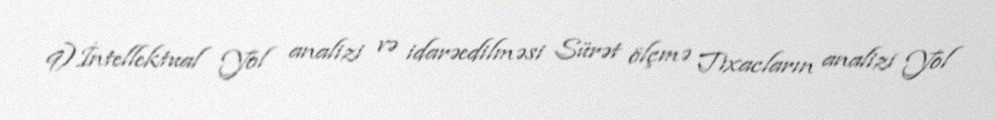
9)İntellektual Yol analizi və idarəedilməsi Sürət ölçmə Tıxacların analizi Yol